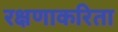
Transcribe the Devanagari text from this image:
रक्षणाकरिता